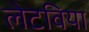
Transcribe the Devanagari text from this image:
लेटविया